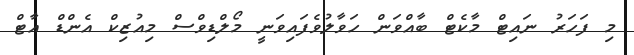
މި ފަހަރު ނައިޓް މާކެޓް ބާއްވަން ހަވާލުވެފައިވަނީ މޯލްޑިވްސް މިއުޒިކް އެންޑް އާޓް